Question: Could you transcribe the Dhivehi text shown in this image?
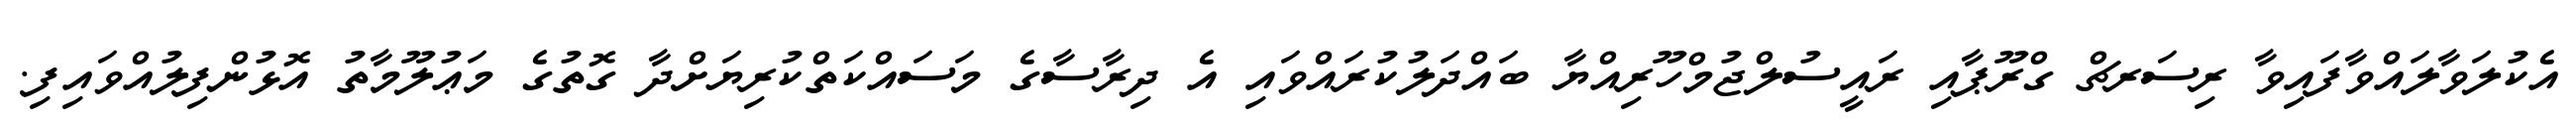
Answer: އެކުލަވާލައްވާފައިވާ ރިސަރޗް ގްރޫޕާއި ރައީސުލްޖުމްހޫރިއްޔާ ބައްދަލުކުރައްވައި އެ ދިރާސާގެ މަސައްކަތްކުރިޔަށްދާ ގޮތުގެ މަޢުލޫމާތު އޮޅުންފިލުއްވައިފި.